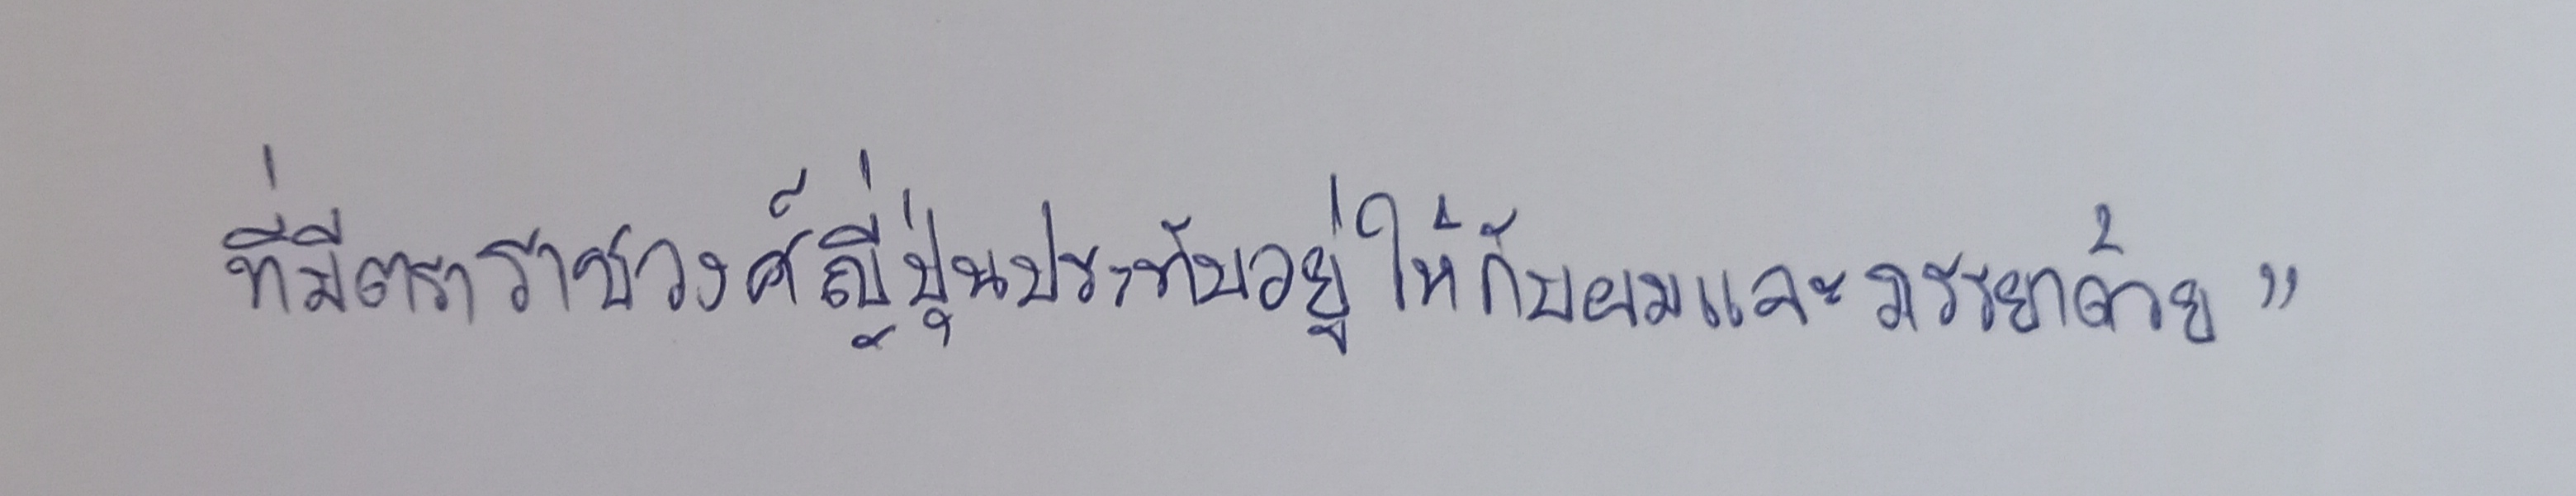
ที่มีตราราชวงศ์ญี่ปุ่นประทับอยู่ให้กับผมและภรรยาด้วย"